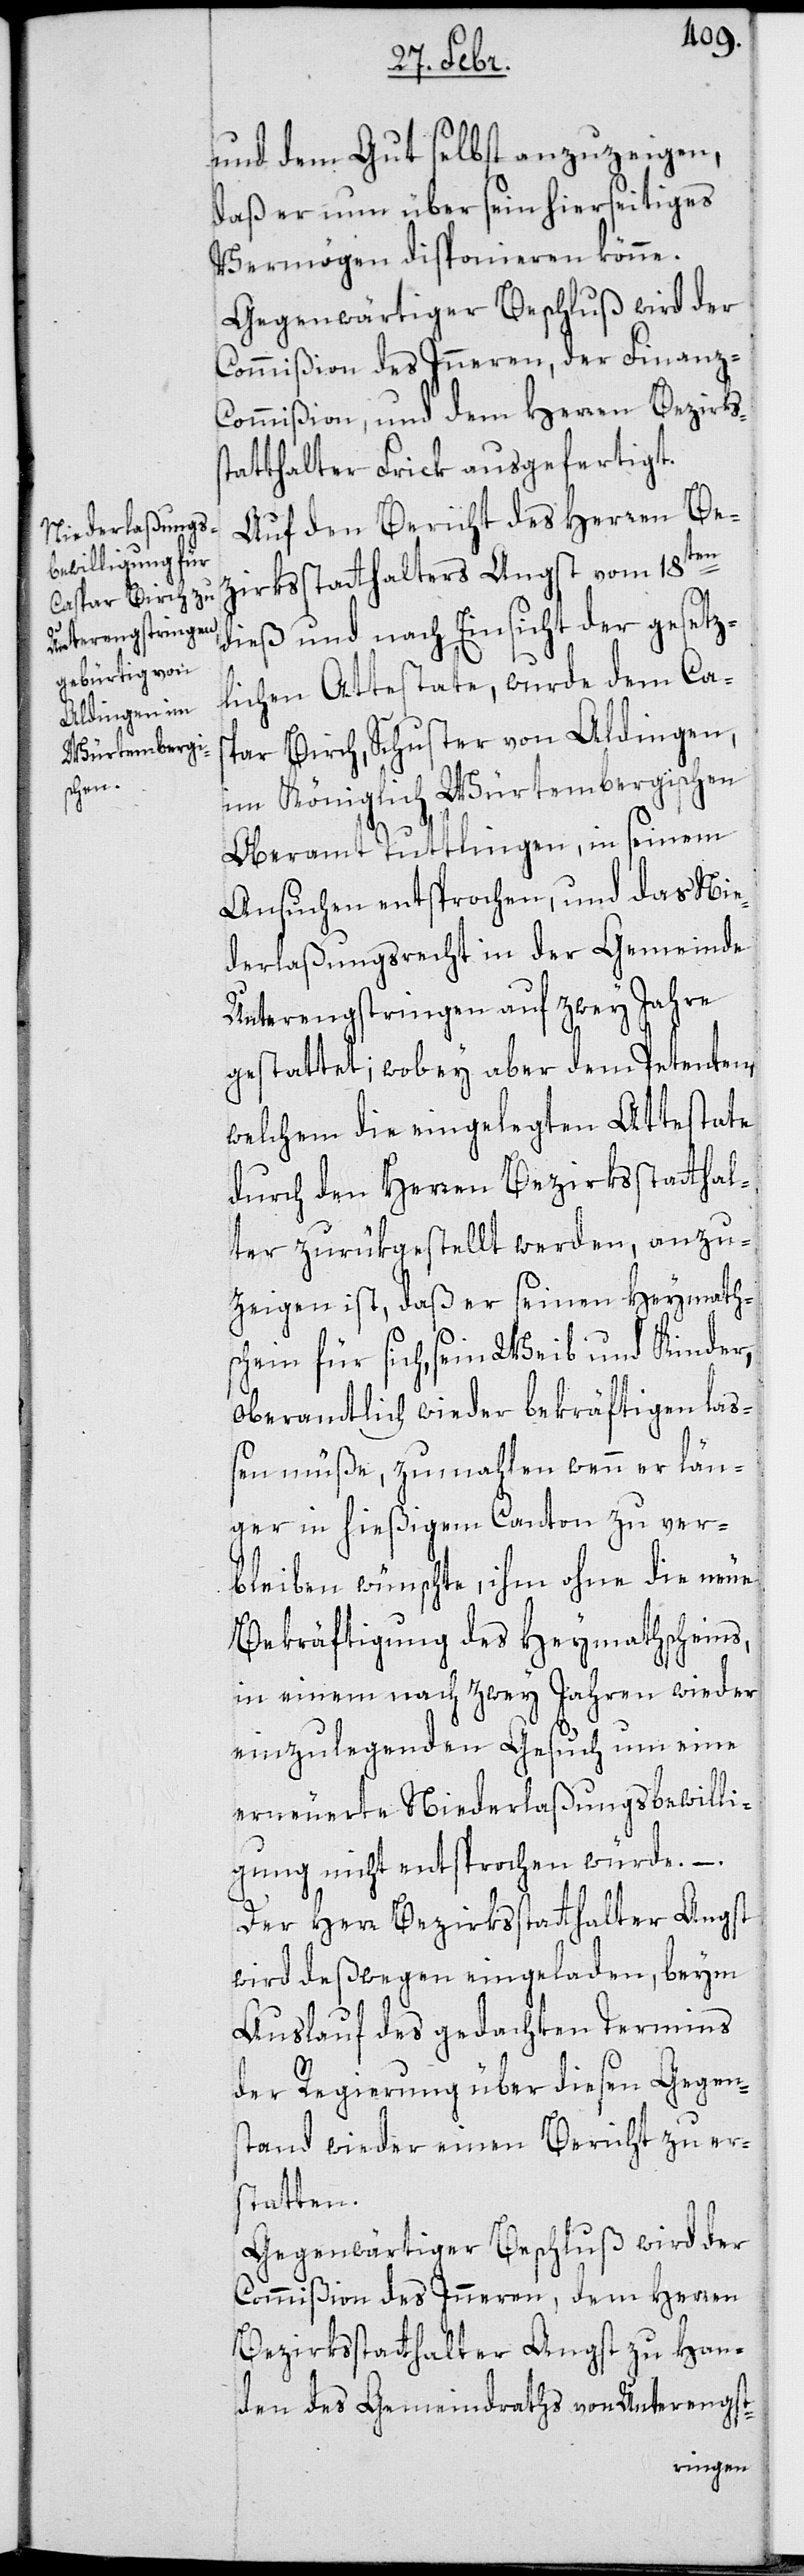
s¬
und dem Gut selbst anzuzeigen,
daß er nun über sein hierseitiges
Vermögen disponieren könne.
Gegenwärtiger Beschluß wird der
Commißion des Inneren, der Finanz-C¬
ommißion, und dem Herren Bezirks¬
tatthalter Frick ausgefertigt.
Auf den Bericht des Herren Be¬
zirksstatthalters Angst vom 18ten
dieß und nach Einsicht der gesetz¬
lichen Attestate, wurde dem Cas¬
par Birch, Schuster von Aldingen,
im Königlich Würtembergischen
Oberamt Tuttlingen, in seinem
Ansuchen entsprochen, und das Nie¬
derlaßungsrecht in der Gemeinde
Unterengstringen auf zwey Jahre
gestattet; wobey aber dem Petenten,
welchem die eingelegten Attestate
durch den Herren Bezirksstatthal¬
ter zurükgestellt werden, anzu¬
zeigen ist, daß er seinen Heymath¬
schein für sich, sein Weib und Kinder,
oberamtlich wieder bekräftigen laß¬
en müße, zu mahlen wenn er län¬
ger in hießigem Canton zu ver¬
bleiben wünschte, ihm ohne die neue
Bekräftigung des Heymathscheins,
in einem nach zwey Jahren wieder
einzulegenden Gesuch um eine
erneuerte Niederlaßungsbewilli¬
gung nicht entsprochen würde. –
Der Herr Bezirksstatthalter Angst
wird deßwegen eingeladen, beym
Auslauf des gedachten Termins
der Regierung über diesen Gegens¬
tand wieder einen Bericht zu er¬
statten.
Gegenwärtiger Beschluß wird der
Commißion des Inneren, dem Herren
Bezirksstatthalter Angst zu Han¬
den des Gemeindraths von Untereng-